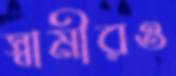
স্বামীরও